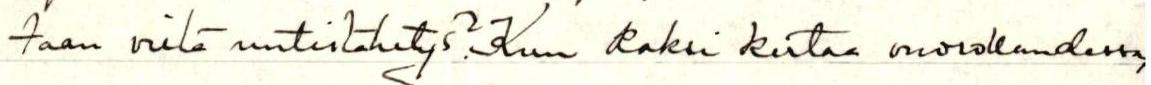
taan vielä uutislähetys?Kun kaksi kertaa vuorokaudessa